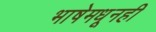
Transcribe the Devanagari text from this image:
भाषेमधूनही